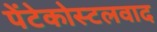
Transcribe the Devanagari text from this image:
पेंटेकोस्टलवाद